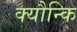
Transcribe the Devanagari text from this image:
क्यौन्कि